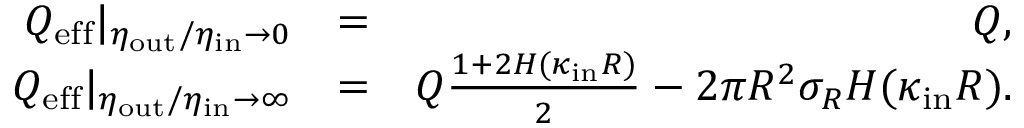
\begin{array} { r l r } { Q _ { \mathrm { e f f } } | _ { \eta _ { \mathrm { o u t } } / \eta _ { \mathrm { i n } } \to 0 } } & { = } & { Q , } \\ { Q _ { \mathrm { e f f } } | _ { \eta _ { \mathrm { o u t } } / \eta _ { \mathrm { i n } } \to \infty } } & { = } & { Q \frac { 1 + 2 H ( \kappa _ { \mathrm { i n } } R ) } { 2 } - 2 \pi R ^ { 2 } \sigma _ { R } H ( \kappa _ { \mathrm { i n } } R ) . } \end{array}